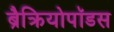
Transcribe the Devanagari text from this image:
ब्रैक्रियोपॉडस